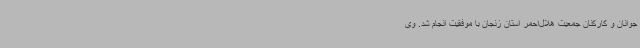
جوانان و کارکنان جمعیت هلال‌احمر استان زنجان با موفقیت انجام شد. وی